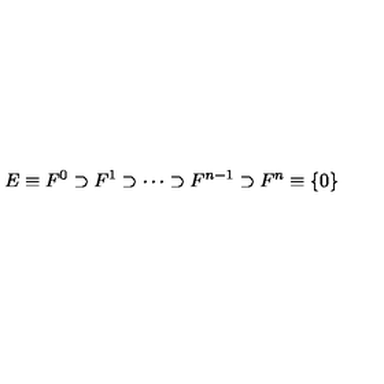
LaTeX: E \equiv F ^ { 0 } \supset F ^ { 1 } \supset \cdots \supset F ^ { n - 1 } \supset F ^ { n } \equiv \{ 0 \}